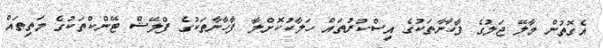
އެގޮތުން މާލޭ ޖަލުގެ ފާހާނާތަކުގެ އިސްކުރުތައް ހަލާކުކޮށްލާ ފާހާނާތަކުގެ ފްލޭޝް ޓޭންކްތަކުގެ މަތިތައް